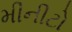
મીનીટો